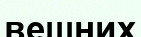
вешних